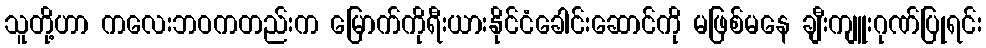
သူတို့ဟာ ကလေးဘဝကတည်းက မြောက်ကိုရီးယားနိုင်ငံခေါင်းဆောင်ကို မဖြစ်မနေ ချီးကျူးဂုဏ်ပြုရင်း